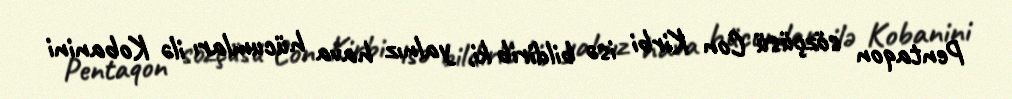
Pentaqon sözçüsü Con Kirbi isə bildirib ki, yalnız hava hücumları ilə Kobanini